Vaccination in Bombay 1924-1928 - 1924-1928
Year: 1924
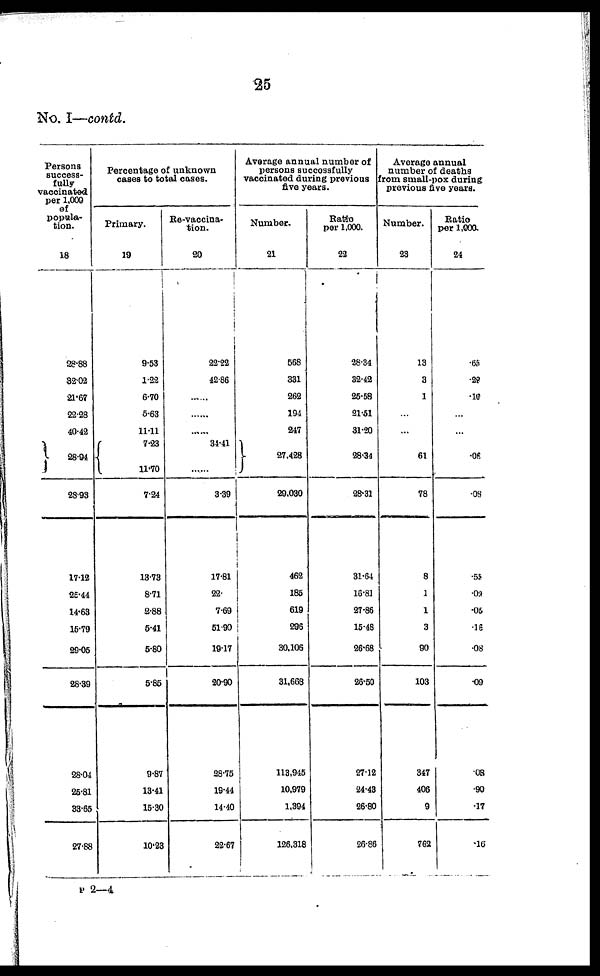
25
No. I—contd.
Persons
success-
fully
vaccinated
per 1,000
of
popula-
tion.
18
28.88
32.02
21.67
22.28
40.42
28.94
28.93
17.12
25.44
14.63
15.79
29.05
28.39
28.04
25.81
33.65
27.88
Percentage of unknown
cases to total cases.
Primary.
19
9.53
1.22
6.70
5.63
11.11
7.23
11.70
7.24
13.73
8.71
2.88
5.41
5.80
5.85
9.87
13.41
15.30
10.23
Re-vaccina-
tion.
20
22.22
42.86
......
......
34.41
......
3.39
17.81
22.
7.69
51.90
19.17
20.90
28.75
19.44
14.40
22.67
Average annual number of
persons successfully
vaccinated during previous
five years.
Number.
21
568
331
262
194
247
27,428
29,030
462
185
619
296
30,106
31,668
113,945
10,979
1,394
126,318
Ratio
per 1,000.
22
28.34
32.42
25.58
21.51
31.20
28.34
28.31
31.64
16.81
27.86
15.48
26.68
26.50
27.12
24.43
26.80
26.86
Average annual
number of deaths
from small-pox during
previous five years.
Number.
23
13
3
1
...
...
61
78
8
1
1
3
90
103
347
406
9
762
Ratio
per 1,000.
24
.65
.28
.10
...
...
.06
.08
.55
.02
.05
.16
.08
.09
.08
.90
.17
.16
P 2—4